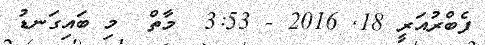
ފެބްރުއަރީ 18